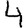
Digit: 4